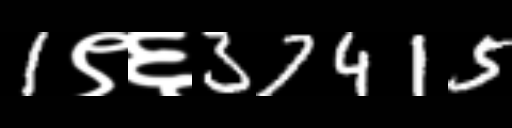
Text: 1९६37415